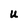
Character: U